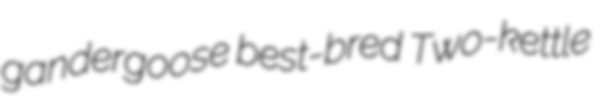
gandergoose best-bred Two-kettle